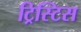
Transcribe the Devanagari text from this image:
ट्रिस्टिस